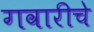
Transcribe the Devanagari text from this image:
गवारीचे